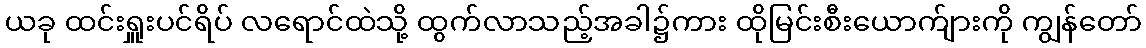
ယခု ထင်းရှူးပင်ရိပ် လရောင်ထဲသို့ ထွက်လာသည့်အခါ၌ကား ထိုမြင်းစီးယောက်ျားကို ကျွန်တော်